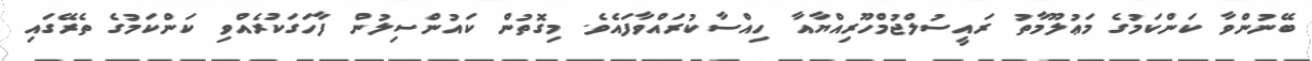
ބޭނުންވާ ކަންކަމުގެ މަޢުލޫމާތު ރައީސުލްޖުމްހޫރިއްޔާއާ ހިއްސާކުރައްވާފައެވެ. މިގޮތުން ކައުންސިލުން ފާހަގަކުރެއްވި ކަންކަމުގެ ތެރޭގައި